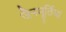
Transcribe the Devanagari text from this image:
जैनमूर्तियां